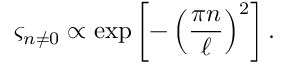
\varsigma _ { n \ne 0 } \propto \exp \left\lbrack - \left( \frac { \pi n } { \ell } \right) ^ { 2 } \right\rbrack .